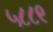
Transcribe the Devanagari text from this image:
५८८९